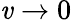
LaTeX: \mathit{v}\rightarrow0